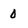
Character: 0